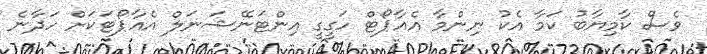
ވެސް ކާމިޔާބު ކަމާ އެކު ނިންމާ އެއާޕޯޓް ހަގީގީ އިންޓަނޭޝަނަލް އެއާޕޯޓަކަށް ހަދާނެ